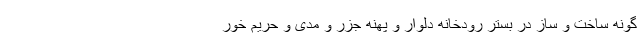
گونه ساخت و ساز در بستر رودخانه دلوار و پهنه جزر و مدی و حریم خور